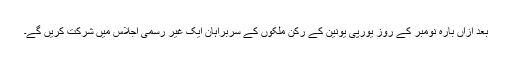
بعد ازاں بارہ نومبر کے روز يورپی يونين کے رکن ملکوں کے سربراہان ايک غير رسمی اجلاس ميں شرکت کريں گے۔